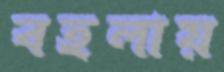
বহলায়